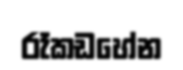
රෑකඩහේන